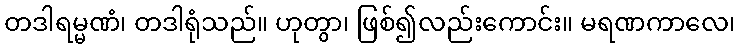
တဒါရမ္မဏံ၊ တဒါရုံသည်။ ဟုတွာ၊ ဖြစ်၍လည်းကောင်း။ မရဏကာလေ၊